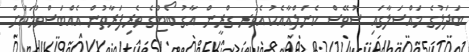
ބަދަލުގެ މައްސަލާގައި ސުވޭސް ކެނަލްއާއެެކު އެވަރ ގްރީން އާގު ބޯޓުގެ ވެރިފަރާތުން އެއްބަސްވުމަަކަށް